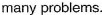
many problems.